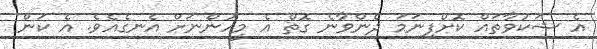
އެ ޝަކުވާތައް ކޮށްފިނަމަ ދެންވާނެ ގޮތް އެ މީހުންނަށް އެނގެއެވެ. އެ ކަން